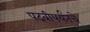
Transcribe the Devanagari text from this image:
पदवीपर्यंतचेे